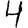
Digit: 4